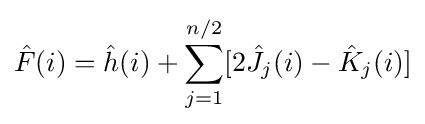
{\hat {F}}(i)={\hat {h}}(i)+\sum _{j=1}^{n/2}[2{\hat {J}}_{j}(i)-{\hat {K}}_{j}(i)]